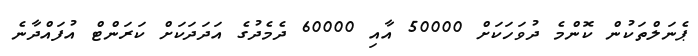
ޕެނަލްތަކުން ކޮންމެ ދުވަހަކަށް 50000 އާއި 60000 ދެމެދުގެ އަދަދަކަށް ކަރަންޓް އުފައްދާނެ